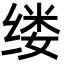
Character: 缕